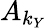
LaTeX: A_{k_{Y}}